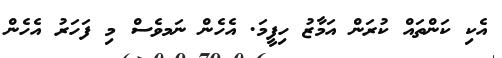
އެކި ކަންތައް ކުރަން އަމާޒު ހިފީމަ. އެހެން ނަަމވެސް މި ފަހަރު އެހެން